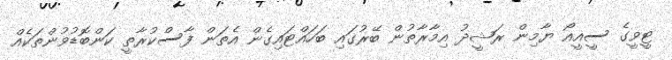
ޓީވީގެ ސީއީއޯ ޔާމިން ރަޝީދު އިމާރާތުން ބޭރުގައި ބަހައްޓައިގެން އެތަން ފާސްކުރާތީ ކަންބޮޑުވުންތަކެއް